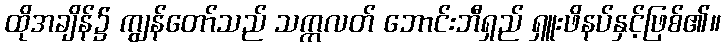
ထိုအချိန်၌ ကျွန်တော်သည် သက္ကလတ် ဘောင်းဘီရှည် ရှူးဖိနပ်နှင့်ဖြစ်၏။